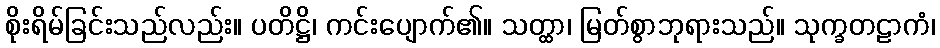
စိုးရိမ်ခြင်းသည်လည်း။ ပတိဋ္ဌိ၊ ကင်းပျောက်၏။ သတ္ထာ၊ မြတ်စွာဘုရားသည်။ သုက္ခတဠာကံ၊